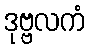
ဒုဗ္ဗလကံ